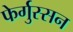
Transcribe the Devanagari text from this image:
फेर्गुस्सन